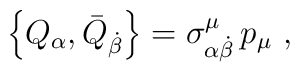
\left\{ Q_\alpha ,\bar{Q}_{\dot{\beta}}\right\} =\sigma _{\alpha \dot{\beta}}^\mu \,p_\mu \,\,,